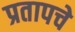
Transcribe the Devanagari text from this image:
प्रतापचे